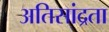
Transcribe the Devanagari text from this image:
अतिसांद्रता